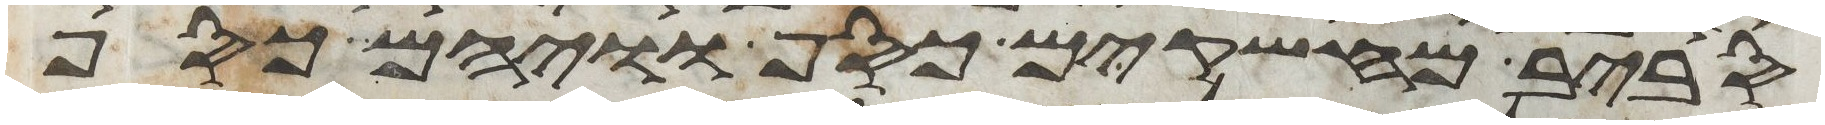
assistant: סביב מחשקים כסף וויהם כסף